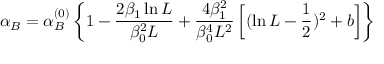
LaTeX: \alpha _ { B } = \alpha _ { B } ^ { ( 0 ) } \left\{ 1 - \frac { 2 \beta _ { 1 } \ln L } { \beta _ { 0 } ^ { 2 } L } + \frac { 4 \beta _ { 1 } ^ { 2 } } { \beta _ { 0 } ^ { 4 } L ^ { 2 } } \left[ ( \ln L - \frac { 1 } { 2 } ) ^ { 2 } + b \right] \right\}